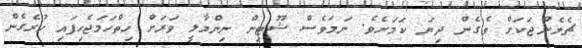
ޗެލެންޖަކަށް ވެގެން ދިޔަ ކަމަށެވެ. ނަމަވެސް ޝޫޓިން ނިންމާލީ ވަރަށް ހިތްހަމަޖެހިފައި ހުރެގެން